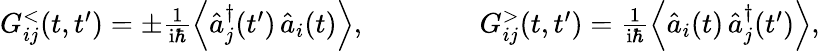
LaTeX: \begin{array}{r}{G_{ij}^{<}(t,t^{\prime})=\pm\frac{1}{\mathrm{i}\hbar}\left\langle\hat{a}_{j}^{\dagger}(t^{\prime})\, \hat{a}_{i}(t)\right\rangle,\qquad\qquad G_{ij}^{>}(t,t^{\prime})=\frac{1}{\mathrm{i}\hbar}\left\langle\hat{a}_{i}(t)\, \hat{a}_{j}^{\dagger}(t^{\prime})\right\rangle,}\end{array}